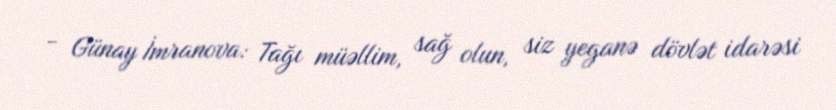
- Günay İmranova: Tağı müəllim, sağ olun, siz yeganə dövlət idarəsi